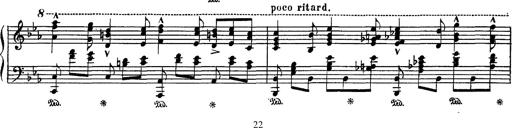
Title: Fantaisie sur des motifs favoris de l'opÃ©ra 'La sonnambula'
Composer: Franz Liszt